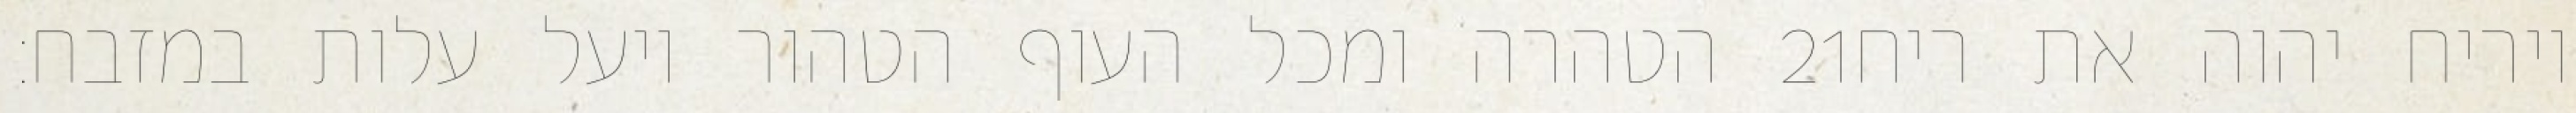
הטהרה ומכל העוף הטהור ויעל עלות במזבח׃ ‎21‏ ויריח יהוה את ריח